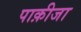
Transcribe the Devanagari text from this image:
पाक़ीजा